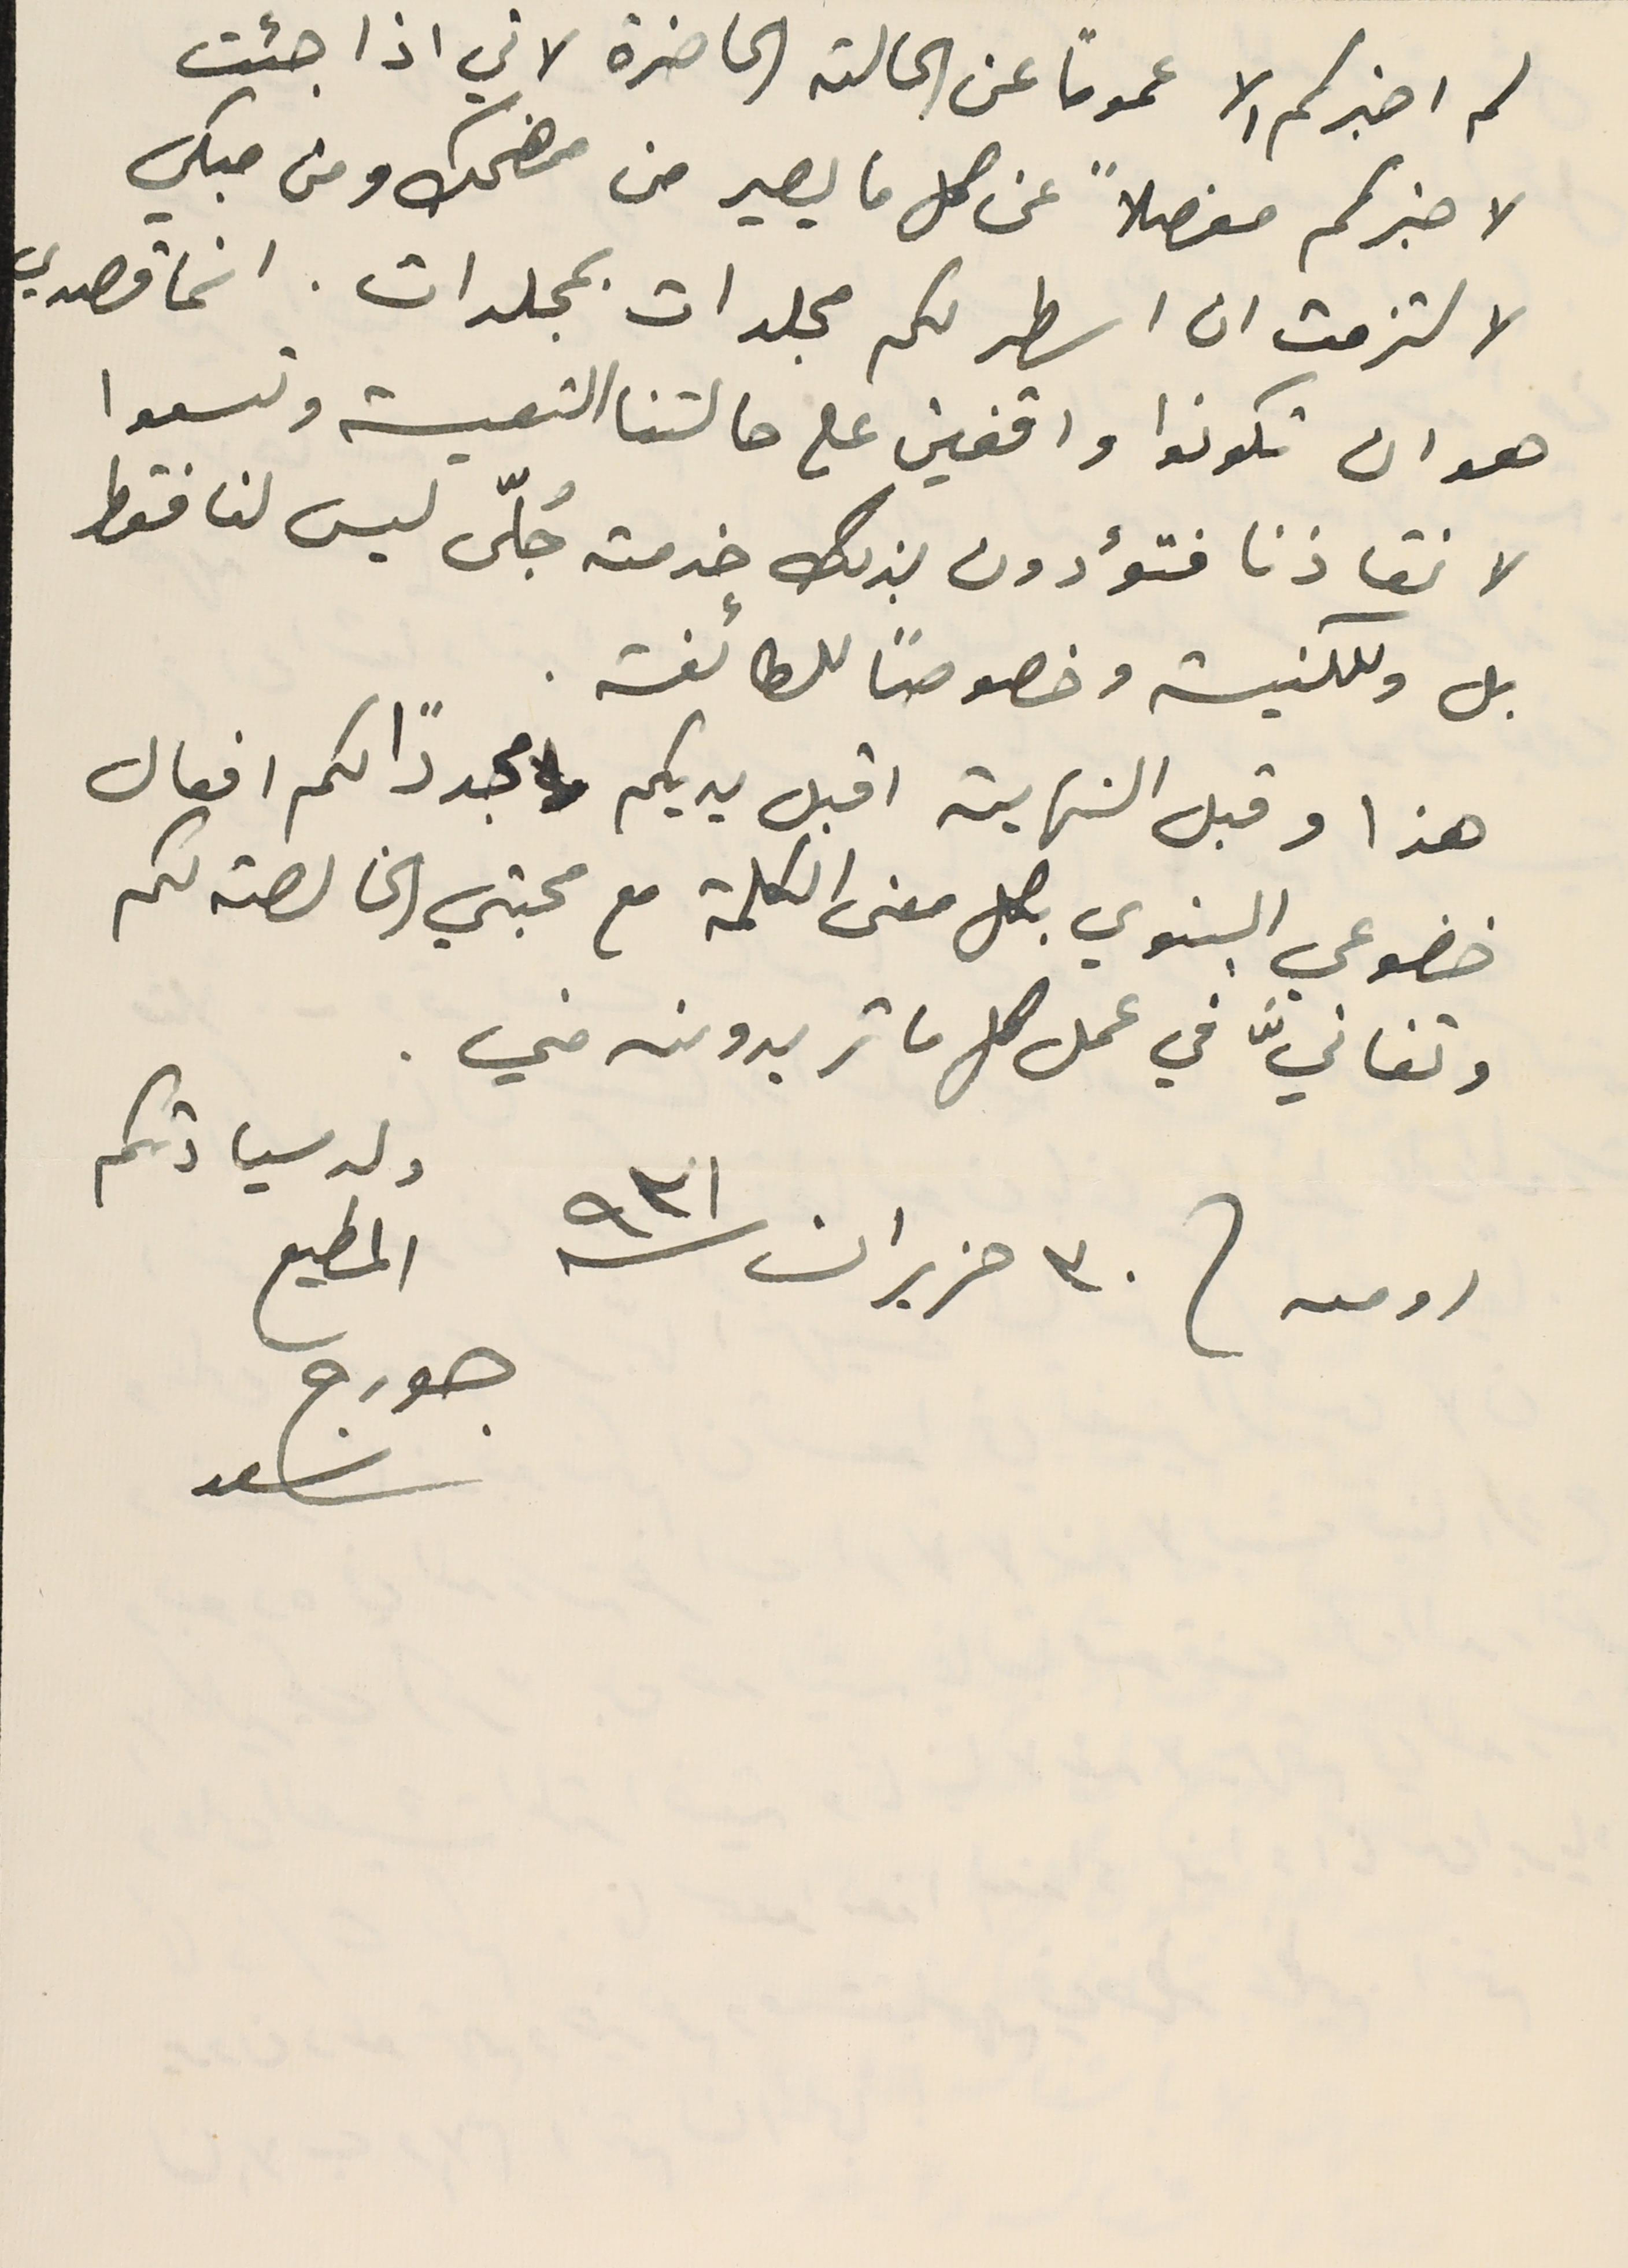
لم اخبركم الا عموماً عن الحالة الحاضرة لاني اذا جئت
 لاخبركم مفصلاً عن كل ما يصير من مضحك ومن مبكي
لالتزمت ان اسطر لكم مجلدات بمجلدات. انما قصدي
هو ان تكونوا واقفين على حالتنا التعيسة وتسعوا
لانقاذنا فتؤدون بذلك خدمة جُلّى ليس لنا فقط
بل وللكنيسة وخصوصاً للطائفة.
هذا وقبل النهاية اقبل يديكم  مجددًا لكم افعال
خضوعي البنوي بكل معنى الكلمة مع محبتي الخالصة لكم
وتفانيَّ في عمل كل ما تريدونه مني.
 ولد سيادتكم
 المطيع
 رومىه / فى ٣٠ حزيران ٩٣١
جورج
سعد